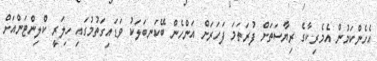
އެހެންކަމުން އެމެރިކާގެ ރިޔާސަތަށް ފުރަތަމަ ފަހަރަށް އަންހެން ބޭކަނބަލަކު ވަޑައިގަތުމުގައި ހިލަރީ ކްލިންޓަންއަށް